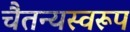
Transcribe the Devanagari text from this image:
चैतन्यस्वरूप